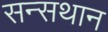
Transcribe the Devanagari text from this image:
सन्सथान